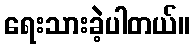
ရေးသားခဲ့ပါတယ်။